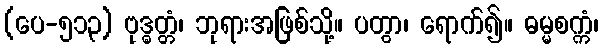
(ပေ-၅၁၃) ဗုဒ္ဓတ္တံ၊ ဘုရားအဖြစ်သို့။ ပတွာ၊ ရောက်၍။ ဓမ္မစက္ကံ၊